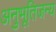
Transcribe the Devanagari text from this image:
अनुभूतिजन्य